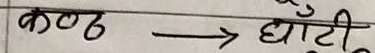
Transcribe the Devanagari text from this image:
कंठ → घाँटी